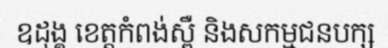
ឧដុង្គ ខេត្តកំពង់ស្ពឺ និងសកម្មជនបក្ស